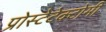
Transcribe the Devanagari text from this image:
प्रोस्टेटेक्टोमी